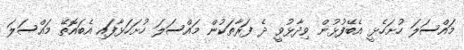
މައްސަލަ ހުށަހެޅީ އެބޭފުޅުން ވިދާޅުވީ ދެ ފަރާތަކުން މައްސަލަ ހުށަހަޅާފައި އެބައޮތޭ މައްސަލަ